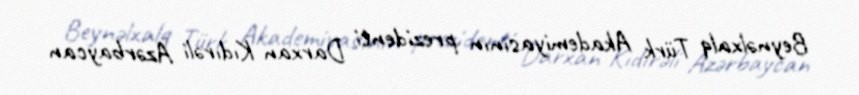
Beynəlxalq Türk Akademiyasının prezidenti Darxan Kıdırəli Azərbaycan